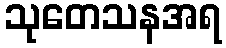
သုတေသနအရ